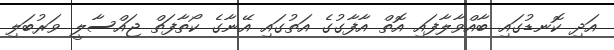
އަދި ކޮނޑުގައި ބާއްވާލާފައި އޮތް އާފާގުގެ އަތުގައި އޭނާގެ ކޯތާފަތް ޖައްސާލީ ވަރުބަލި